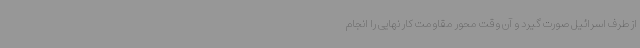
از طرف اسرائیل صورت ‌گیرد و آن وقت محور مقاومت کار نهایی را انجام